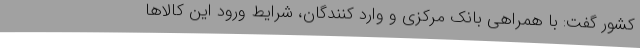
کشور گفت: با همراهی بانک مرکزی و وارد کنندگان، شرایط ورود این کالاها